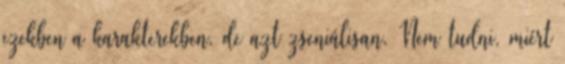
ezekben a karakterekben, de azt zseniálisan. Nem tudni, miért